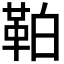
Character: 𩊀